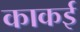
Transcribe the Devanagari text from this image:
काकई